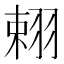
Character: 𦐾